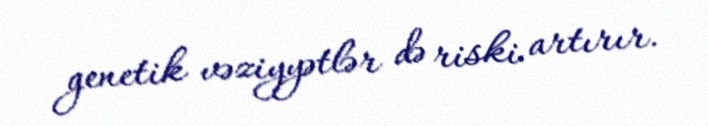
genetik vəziyyətlər də riski artırır.